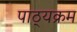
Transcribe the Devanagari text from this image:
पाठ्‍यक्रम